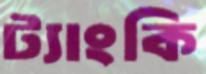
ট্যাংকি